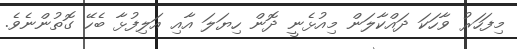
މިފަހަރު ވާހަކަ ދައްކާލަން މިއުޅެނީ ދޮން ހިޔަލަ އާއި އަލިފުޅާ ބެހޭ ގޮތުންނެވެ.